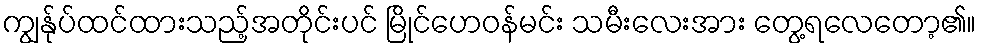
ကျွန်ုပ်ထင်ထားသည့်အတိုင်းပင် မြိုင်ဟေဝန်မင်း သမီးလေးအား တွေ့ရလေတော့၏။